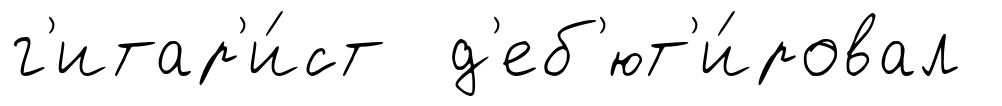
г'итар'и́ст д'еб'ют'и́ровал